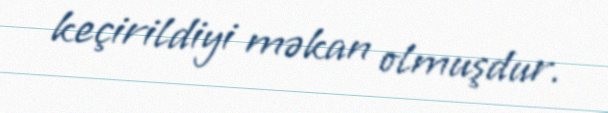
keçirildiyi məkan olmuşdur.